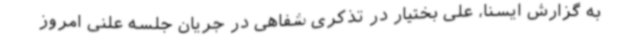
به گزارش ایسنا، علی بختیار در تذکری شفاهی در جریان جلسه علنی امروز